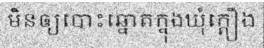
មិនឲ្យបោះឆ្នោតក្នុងឃុំក្តឿង